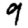
Digit: 9